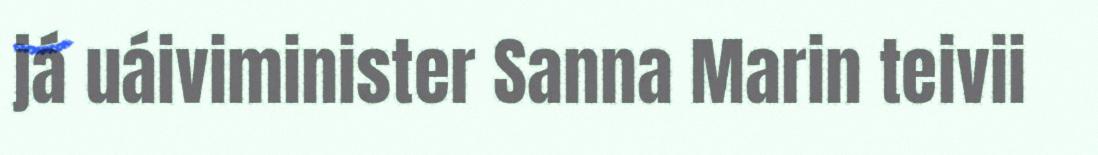
já uáiviminister Sanna Marin teivii